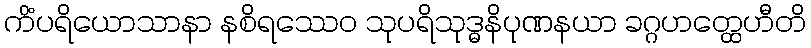
ကိံပရိယောသာနာ နစိရဿေဝ သုပရိသုဒ္ဓနိပုဏနယာ ခဂ္ဂဟတ္ထေဟီတိ